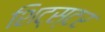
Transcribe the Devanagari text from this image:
शिट्स्टर